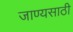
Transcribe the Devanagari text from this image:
जाण्यसाठी